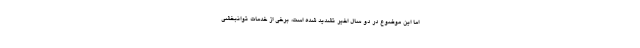
اما این موضوع در دو سال اخیر تشدید شده است، برخی از خدمات توانبخشی